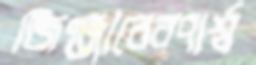
জিঞ্জারেরপার্শ্ব